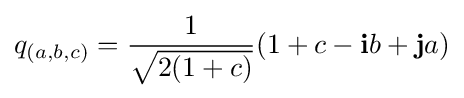
q_{(a,b,c)}={\frac {1}{\sqrt {2(1+c)}}}(1+c-\mathbf {i} b+\mathbf {j} a)